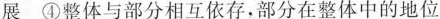
展 ④整体与部分相互依存，部分在整体中的地位